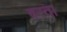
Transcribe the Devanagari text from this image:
वरता